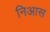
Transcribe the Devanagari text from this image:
निआस